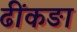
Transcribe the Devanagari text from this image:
ढींकङा